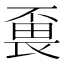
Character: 𱰸